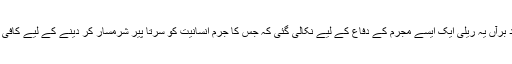
مزید برآں یہ ریلی ایک ایسے مجرم کے دفاع کے لیے نکالی گئی کہ جس کا جُرم انسانیت کو سرتا پیر شرمسار کر دینے کے لیے کافی ہے۔